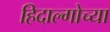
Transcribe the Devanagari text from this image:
हिदाल्गोच्या